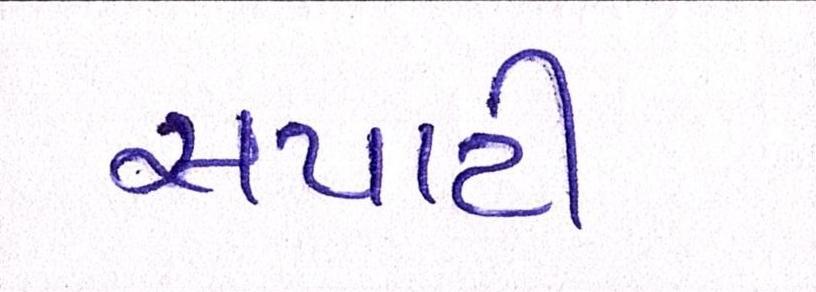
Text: સપાટી